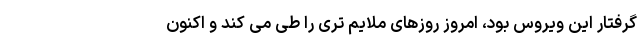
گرفتار این ویروس بود، امروز روزهای ملایم تری را طی می کند و اکنون